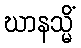
ဃာနသ္မိံ